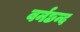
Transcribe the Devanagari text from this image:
वर्नछन्द